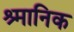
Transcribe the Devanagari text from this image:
श्र्मानिक